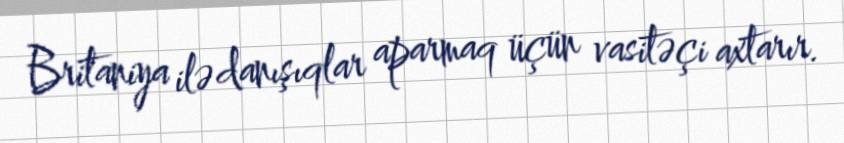
Britaniya ilə danışıqlar aparmaq üçün vasitəçi axtarır.